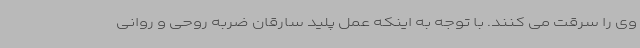
وی را سرقت می کنند. با توجه به اینکه عمل پلید سارقان ضربه روحی و روانی